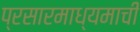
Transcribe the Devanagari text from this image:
प्रसारमाध्यमाची